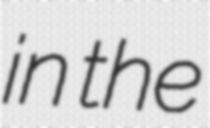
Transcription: in the